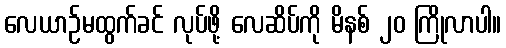
လေယာဉ်မထွက်ခင် လုပ်ဖို့ လေဆိပ်ကို မိနစ် ၂၀ ကြိုလာပါ။